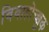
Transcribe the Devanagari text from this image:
विवाहोच्छुक